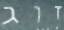
זוג